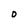
Character: O